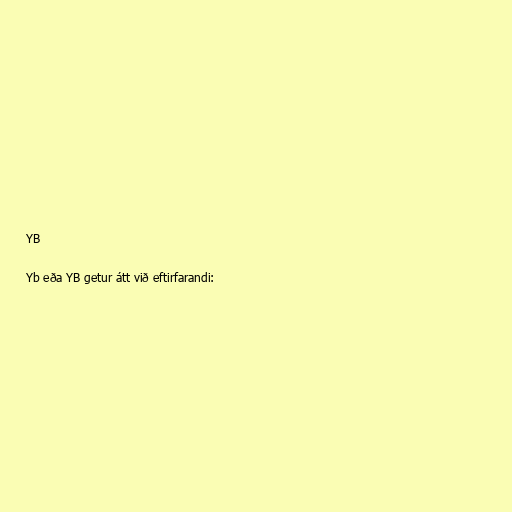
YB

Yb eða YB getur átt við eftirfarandi: